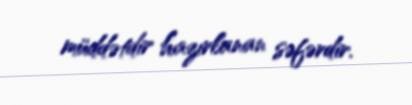
müddətdir hazırlanan səfərdir.